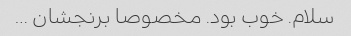
سلام. خوب بود. مخصوصا برنجشان …